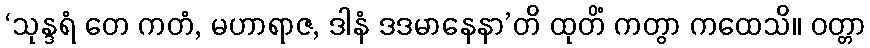
‘သုန္ဒရံ တေ ကတံ, မဟာရာဇ, ဒါနံ ဒဒမာနေနာ’တိ ထုတိံ ကတွာ ကထေသိ။ ဝတ္တာ